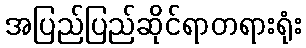
အပြည်ပြည်ဆိုင်ရာတရားရုံး